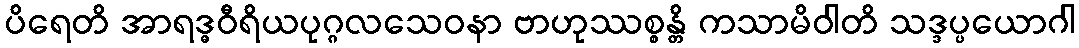
ပိရေတိ အာရဒ္ဓဝီရိယပုဂ္ဂလသေဝနာ ဗာဟုဿစ္စန္တိ ကသာမိဝါတိ သဒ္ဒပ္ပယောဂါ